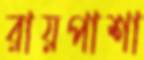
রায়পাশা